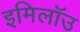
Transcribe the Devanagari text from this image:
इमिलॉउ